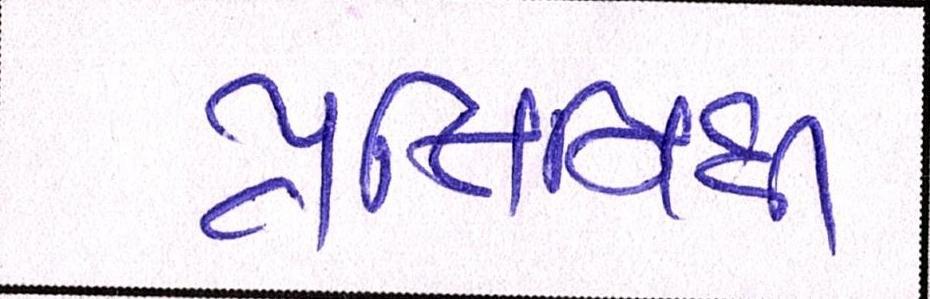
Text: પ્રતિનિધી